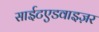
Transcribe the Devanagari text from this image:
साईटएडवाइज़र